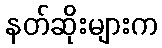
နတ်ဆိုးများက